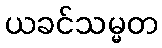
ယခင်သမ္မတ